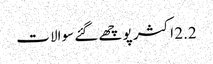
2.2 اکثر پوچھے گئے سوالات